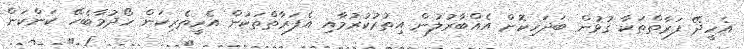
އެހީދޭ ފަރާތްތަކާ ގުޅުން ބަދަހިކޮށް އެއްބާރުލުން އިތުރުކުރުމާއި އެފަރާތްތަކުން އެހީތެރިކަން ހޯދުމާބެހޭ ކަންކަން